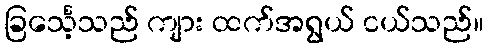
ခြင်္သေ့သည် ကျား ထက်အရွယ် ငယ်သည်။